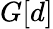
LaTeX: G[d]